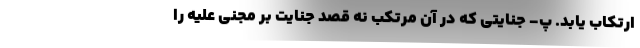
ارتکاب یابد. پ- جنایتی که در آن مرتکب نه قصد جنایت بر مجنی علیه را